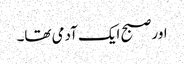
اور صبح ایک آدمی تھا۔